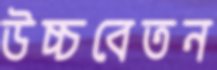
উচ্চবেতন